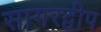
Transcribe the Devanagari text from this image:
सागरद्वीप